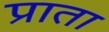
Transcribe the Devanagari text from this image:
प्राता